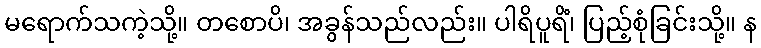
မရောက်သကဲ့သို့။ တစောပိ၊ အခွန်သည်လည်း။ ပါရိပူရိံ၊ ပြည့်စုံခြင်းသို့။ န